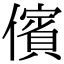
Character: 儐